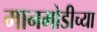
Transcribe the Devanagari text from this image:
मानमोडीच्या